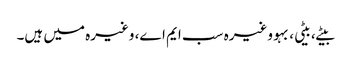
بیٹے، بیٹی، بہو وغیرہ سب ایم اے، وغیرہ میں ہیں۔